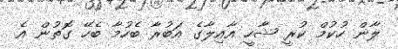
ލާން ހުކުމް ކުރީ ޝާހީ އާއިލާގެ އަބުރާ ބެހުމާ ބެހޭ ގޮތުން އެ